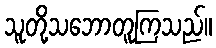
သူတို့သဘောတူကြသည်။